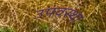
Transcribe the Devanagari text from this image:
उपवस्था